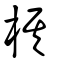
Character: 棋